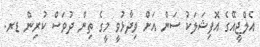
އެލްޖީއޭގެ އޮފިޝަލަކު ސަން އަށް ވިދާޅުވީ މީގެ ތިން ދުވަސް ކުރިން ޑރ.